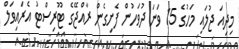
މިދިއަ ޖުލައި މަހުގެ 15 ވަނަ ދުވަހުން ފެށިގެން ރާއްޖޭގެ ޓޫރިސްޓު އެރައިވަލް